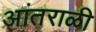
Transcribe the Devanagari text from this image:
आंतराळी